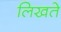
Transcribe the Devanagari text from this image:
लिखते